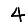
Digit: 4